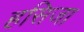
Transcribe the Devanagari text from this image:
हसिजा